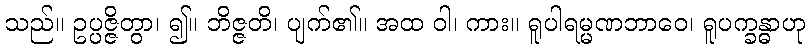
သည်။ ဥပ္ပဇ္ဇိတွာ၊ ၍။ ဘိဇ္ဇတိ၊ ပျက်၏။ အထ ဝါ၊ ကား။ ရူပါရမ္မဏဘာဝေ၊ ရူပက္ခန္ဓာဟု